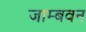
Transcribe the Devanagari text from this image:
जाम्बवन